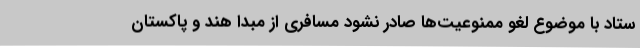
ستاد با موضوع لغو ممنوعیت‌ها صادر نشود مسافری از مبدا هند و پاکستان